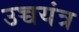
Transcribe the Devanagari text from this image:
उच्चयंत्र